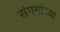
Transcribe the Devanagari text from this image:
संगमांच्या